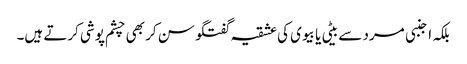
بلکہ اجنبی مرد سے بیٹی یا بیوی کی عشقیہ گفتگو سن کر بھی چشم پوشی کرتے ہیں۔